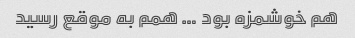
هم خوشمزه بود … همم به موقع رسید